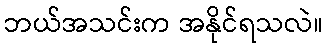
ဘယ်အသင်းက အနိုင်ရသလဲ။